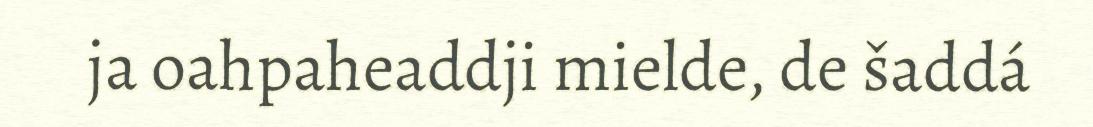
ja oahpaheaddji mielde, de šaddá